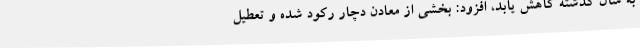
به سال گذشته کاهش یابد، افزود: بخشی از معادن دچار رکود شده و تعطیل